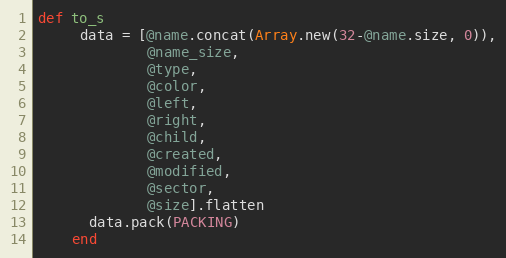
Language: Ruby
def to_s
     data = [@name.concat(Array.new(32-@name.size, 0)),
             @name_size,
             @type,
             @color,
             @left,
             @right,
             @child,
             @created,
             @modified,
             @sector,
             @size].flatten
      data.pack(PACKING)
    end